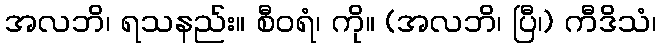
အလဘိ၊ ရသနည်း။ စီဝရံ၊ ကို။ (အလဘိ၊ ပြီ၊) ကီဒိသံ၊